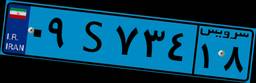
۰۹S۷۳۴۱۸